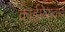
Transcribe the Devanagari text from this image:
काईमेरावाद